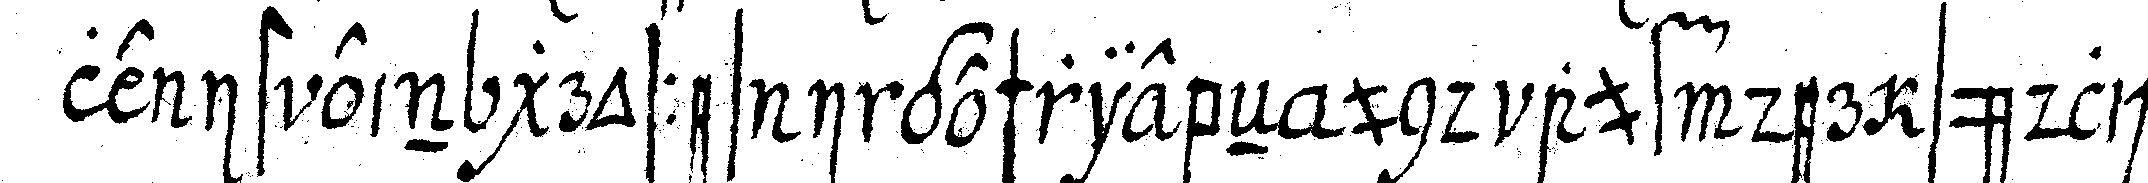
le ist ein grosses i geschriebeN und auf der südlicheN